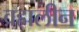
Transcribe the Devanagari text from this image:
व्रह्मलीन